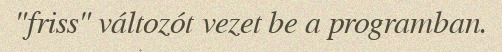
"friss" változót vezet be a programban.